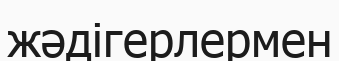
жәдігерлермен